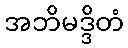
အဘိမဒ္ဒိတံ